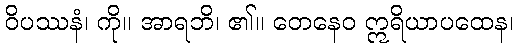
ဝိပဿနံ၊ ကို။ အာရဘိ၊ ၏။ တေနေဝ ဣရိယာပထေန၊